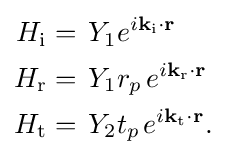
{\begin{aligned}H_{\text{i}}&=\,Y_{1}e^{i\mathbf {k} _{\text{i}}\mathbf {\cdot r} }\\H_{\text{r}}&=\,Y_{1}r_{p\,}e^{i\mathbf {k} _{\text{r}}\mathbf {\cdot r} }\\H_{\text{t}}&=\,Y_{2}t_{p\,}e^{i\mathbf {k} _{\text{t}}\mathbf {\cdot r} }.\end{aligned}}